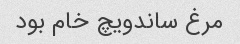
مرغ ساندویچ خام بود